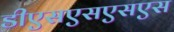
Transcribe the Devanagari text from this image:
डीएसएसएसएस